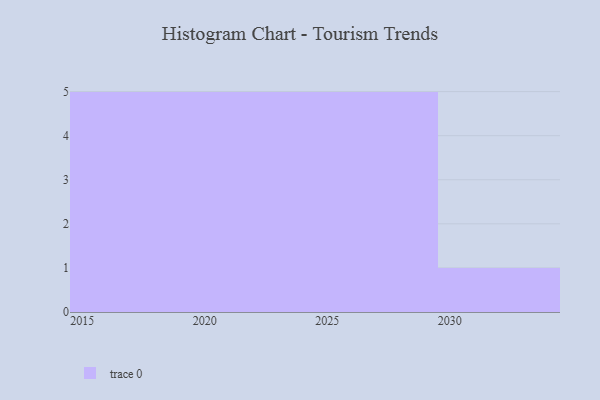
{"axis": {"x": "Year", "y": "Customer Acquisition Cost (USD)"}, "legend": [""], "data": [{"x": "2028", "y": 88, "type": ""}, {"x": "2018", "y": 71, "type": ""}, {"x": "2027", "y": 83, "type": ""}, {"x": "2020", "y": 76, "type": ""}, {"x": "2019", "y": 2, "type": ""}, {"x": "2016", "y": 34, "type": ""}, {"x": "2017", "y": 16, "type": ""}, {"x": "2023", "y": 17, "type": ""}, {"x": "2021", "y": 12, "type": ""}, {"x": "2022", "y": 100, "type": ""}, {"x": "2024", "y": 21, "type": ""}, {"x": "2030", "y": 100, "type": ""}, {"x": "2025", "y": 58, "type": ""}, {"x": "2015", "y": 21, "type": ""}, {"x": "2029", "y": 94, "type": ""}, {"x": "2026", "y": 59, "type": ""}]}